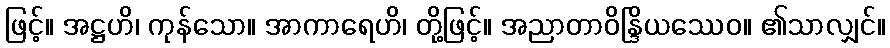
ဖြင့်။ အဋ္ဌဟိ၊ ကုန်သော။ အာကာရေဟိ၊ တို့ဖြင့်။ အညာတာဝိန္ဒြိယဿေဝ။ ၏သာလျှင်။